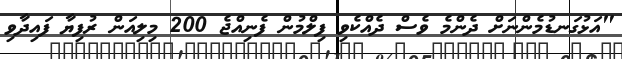
"އަޅުގަނޑުމެންނަށް ދެންމެ ވެސް ދެއްކެވި ފިލްމުން ފެނިއްޖެ 200 މިލިއަން ރުފިޔާ ފައިދާވި